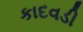
કાદવડી